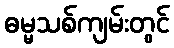
ဓမ္မသစ်ကျမ်းတွင်